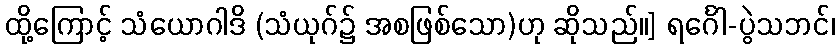
ထို့ကြောင့် သံယောဂါဒိ (သံယုဂ်၌ အစဖြစ်သော)ဟု ဆိုသည်။] ရင်္ဂေါ-ပွဲသဘင်၊